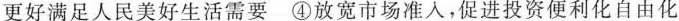
更好满足人民美好生活需要 ④放宽市场准入，促进投资便利化自由化